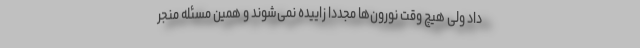
داد ولی هیچ وقت نورون‌ها مجدداً زاییده نمی‌شوند و همین مسئله منجر